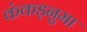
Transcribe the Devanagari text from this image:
कंकड़नुमा